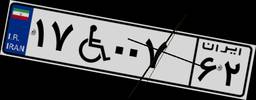
۲۷W۵۰۴۸۶